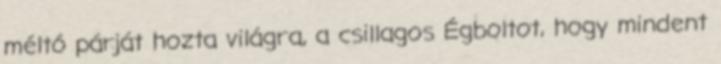
méltó párját hozta világra, a csillagos Égboltot, hogy mindent